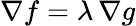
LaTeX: \nabla f=\lambda\, \nabla g